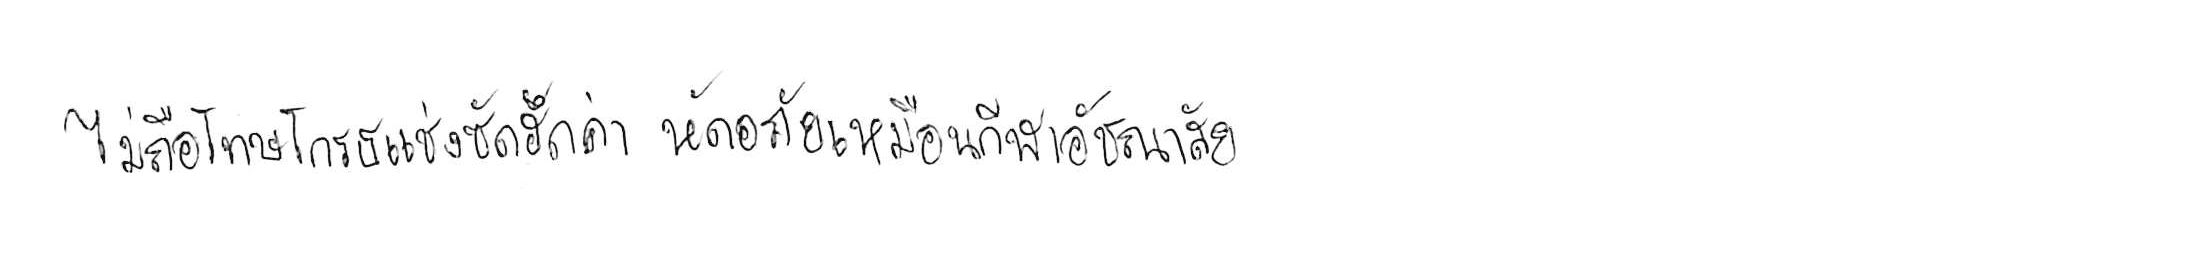
ไม่ถือโทษโกรธแช่งซัดฮึดฮัดด่า หัดอภัยเหมือนกีฬาอัชฌาสัย